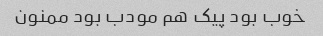
خوب بود پیک هم مودب بود ممنون